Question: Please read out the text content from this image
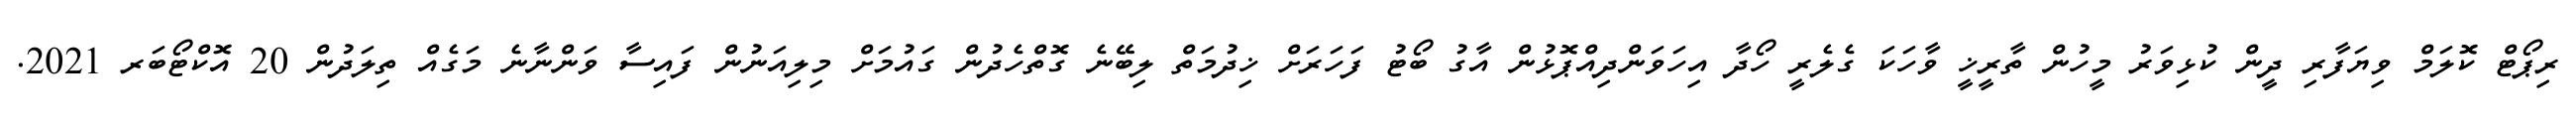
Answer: ރިޕޯޓް ކޮލަމް ވިޔަފާރި ދީން ކުޅިވަރު މީހުން ތާރީޚީ ވާހަކަ ގެލެރީ ހޯދާ އިހަވަންދިއްޕޮޅުން އާގު ބޯޓު ފަހަރަށް ޚިދުމަތް ލިބޭނެ ގޮތްހެދުން ގައުމަށް މިލިއަނުން ފައިސާ ވަންނާނެ މަގެއް ތިލަދުން 20 އޮކްޓޯބަރ 2021.